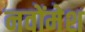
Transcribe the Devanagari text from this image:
नवोंमेश